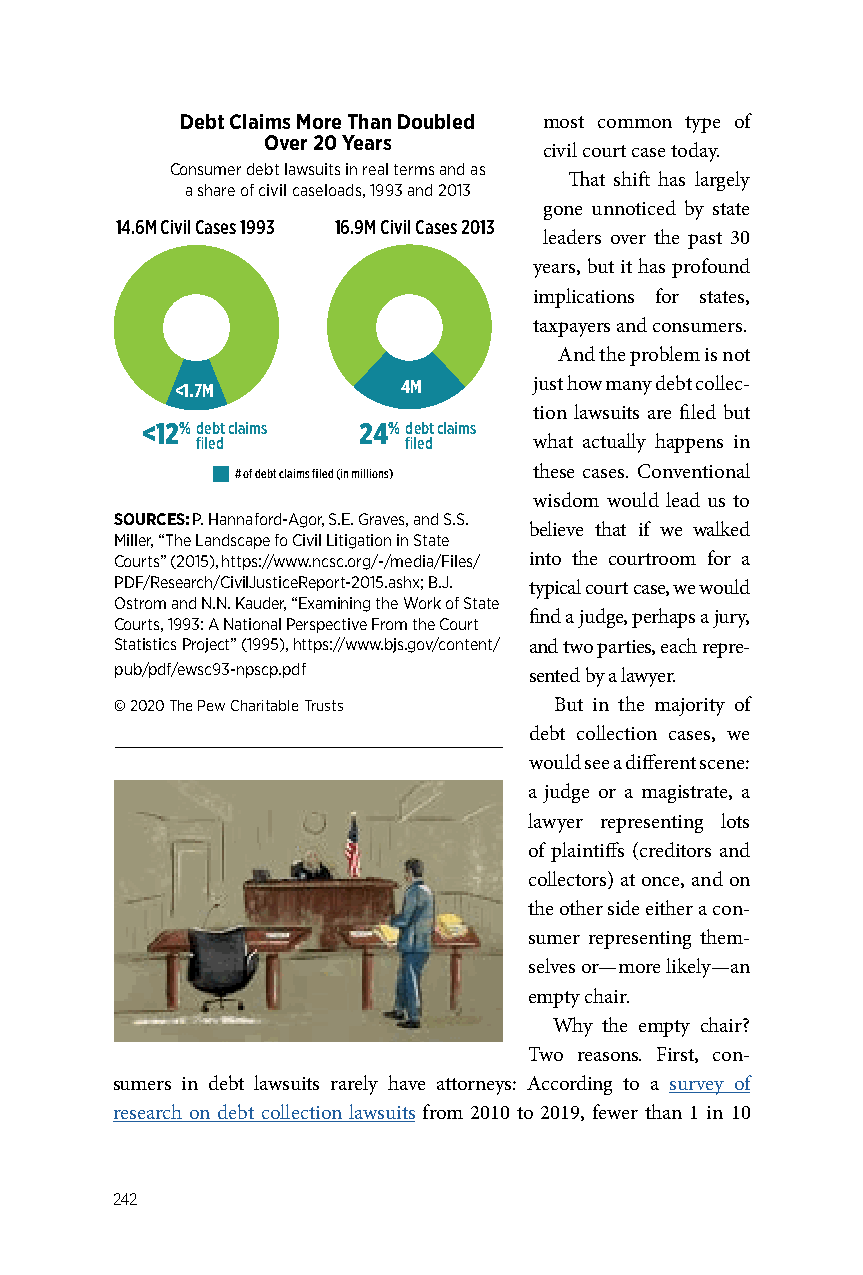
Debt Claims More Than Doubled most common type of
 Debt Claims More ThOavne Dro 2u0b lYede aOrvser 20 Years civil court case today.
 CoCnosunmsuemr deerb dt leabwts ulaitws sinu ritesa li nte rrmeasl atnedr mass and as
 That shift has largely
 a sah asrhea orfe c oivfi l cciavsiel lcoaasdes,l o19a9d3s ,a n19d9 230 1a3nd 2013
 gone unnoticed by state
 14.6M Civil Cases 1993 16.9M Civil Cases 2013
 leaders over the past 30
 years, but it has profound
 implications for states,
 taxpayers and consumers.
 And the problem is not
 <1.7M          4M      just how many debt collec-
 tion lawsuits are filed but
 <12%debt claims 24%debt claims
 filed         filed   what actually happens in
 # of debt claims filed (in millions) these cases. Conventional
 wisdom would lead us to
 SOURCES: P. Hannaford-Agor, S.E. Graves, and S.S.
 believe that if we walked
 Miller, “The Landscape fo Civil Litigation in State
 Courts” (2015),https://www.ncsc.org/-/media/Files/ into the courtroom for a
 PDF/Research/CivilJusticeReport-2015.ashx; B.J. typical court case, we would
 Ostrom and N.N. Kauder, “Examining the Work of State
 find a judge, perhaps a jury,
 Courts, 1993: A National Perspective From the Court
 Statistics Project” (1995), https://www.bjs.gov/content/ and two parties, each repre-
 pub/pdf/ewsc93-npscp.pdf   sented by a lawyer.
 © 2020 The Pew Charitable Trusts But in the majority of
 debt collection cases, we
 would see a different scene:
 a judge or a magistrate, a
 lawyer representing lots
 of plaintiffs (creditors and
 collectors) at once, and on
 the other side either a con-
 sumer representing them-
 selves or—more likely—an
 empty chair.
 Why the empty chair?
 Two reasons. First, con-
 sumers in debt lawsuits rarely have attorneys: According to a survey of
 research on debt collection lawsuits from 2010 to 2019, fewer than 1 in 10
 242